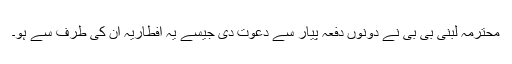
محترمہ لبنیٰ بی بی نے دونوں دفعہ پیار سے دعوت دی جیسے یہ افطاریہ ان کی طرف سے ہو۔